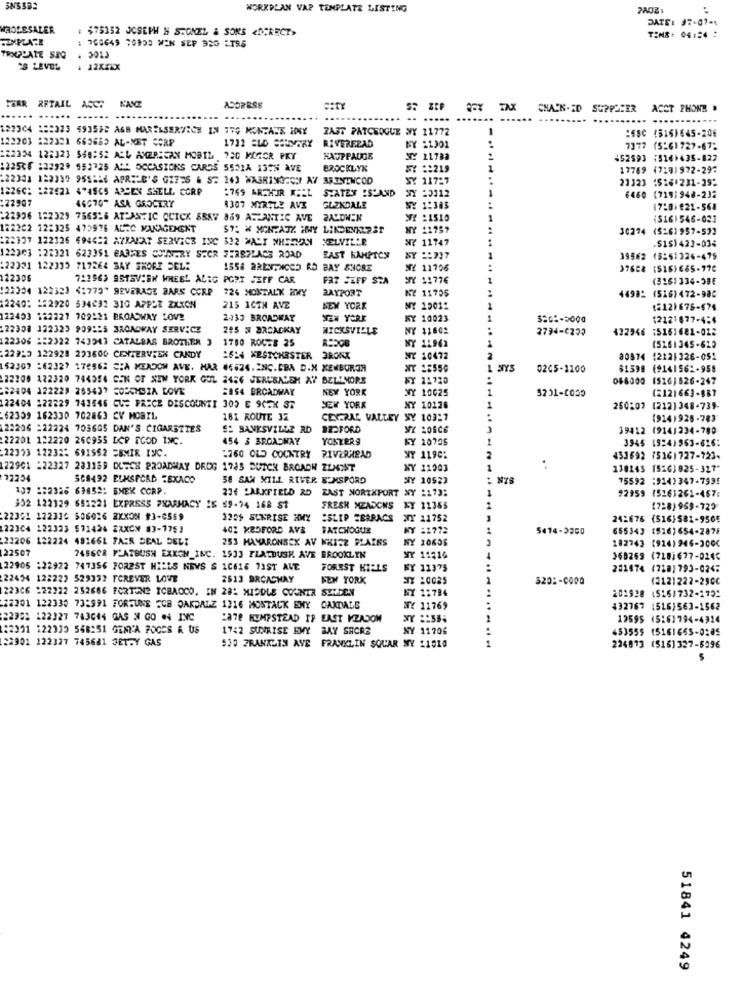
WORKPLAN VAP TEMPLATE LISTING
DATE: 37-07-4
WHOLESALER
: $75352 JOSEPH & STONEL & SONS <DIRECT>
: 768649 70903 MEN SEP 33G 2795
TIME: 04 := 4 :
TRIPLATE SEQ
3013
12XXXX
FERR RETAIL ACCT
N'ANZ
ADDRESS
S ZEP
CHACK-ID SUPPOCER
ACCT PHONE .
.----
122304 122323 493538 ASB MARISSERVICE IN 77G MONTAJE HOGY ZAJT PATCHOGUE WY 11772
:6SC (516)645-206
122203 122321 663685 AL-MET CORP
RIVERERAD
1732 ELD SOUMARY
NY 21001
7377 (5:6) 727-67;
122224 122323 568:52 ALL AMERICAN MOBIL 750 MOGOR PKY
HAUPPAUGE
NY 21782
$52993 ;5161435-822
:225℃6 :32929 553725 ALL OCCASIONS CARDS 5551A 13TH AVE
BROCKLYN
== 219
17769 (7191972-297
:22301 122339 955556 APRILE'S GIF2S & S" 143 WASHINOGOH AV 3RININCOD
SY 117:7
21123 15 :* 231-39;
1226C: : 22621 4745CS APCEN SHELL CORP
:769 ARTHUR KEL STATEN ISLAND
:22907
46670" ASA GROCERY
SY 20112
6460 (7191948-232
1307 MYRTLE AVE
GLENDALE
MY 1:383
17:0)821-568
:22936 122329 756528 ATPANZIC CCICK SBAV 869 ATLANTIC AVE 2ALDWEN
:1510
(S161546-031
122202 122325 472976 ALEC MAKAGEMENT
NY 11757
30274 (526)957-53]
:22337 122126 694432 AZRAKAT SERVICE INC 332 MALT SHEEHAN
MELVILLE
11747
.5151423-034
122303 :22321 623351 GAMES COUNTRY SECR FERSPLACE ROAD
EAST HAMPTON
39562 13:51324-479
:22321 122333 717264 BAY SHORE SEL:
1558 2RENTNCC5 RD BAY SHORE
NY 11706
37624 (516)665-776
122306
722963 9STAVEBN WHEEL ALIG PORT JEFF CAR
FAT JEFF STA
SIY 11776
(3161334-386
(22334 12232) <1779" BEVERAGE BARK CORP
724 MONTALK WHY
2AYPORT
NZ 11705
4498% (516) 472-986
12240: 152920 594632 310 APPLE ZXXON
215 ACTH AVE
NEW YORK
NY 20012
1
(212)675-$74
122453 122221 709221 BROADWAY LOVE
2433 BROADWAY
NEW YORK
NY 10023
1
12121877-4:4
22308 122323 909125 BROADWAY SERVICE
205 X BRSACKAY
HICKSVILLE
NY $1602
2734-0233
432946 :5151681-012
432946
122306 :22322 743243 CATALRAS BROTHER ]
1780 ROUTE 25
NY 1
(5261345-623
.229:3 122928 223600 CENTERVIEN CANDY
2614 WESTCHESTER BRONK
10472
80874 12121328-051
152307 :62327 176562 SIA MEADOW AVE. MAR 46624.2NC.CBA D.N KEMBOROA
18550
0205-1100
$1598 (9141562-958
22208 122320 744054 GEN OF NEW YORK GOL 2456 JERUSALEM AY BELLMORE
WY 11720
15261826-247
82404 122229 285437 2055MSZA LOVE
2864 BROADWAY
NEW YORK
NY 10025
1
3201-1039
(2121663-887
122404 122229 743546 GUS FRECE DISCOUNTI 303 E SCEN 37
JEW YORK
Y 10126
250207 (212) 348-739-
62309 162330 702863 CV MOBIL
181 ROUTE 3Z
CENTRAL VALLEY
SY 10327
(914)926-783
22206 =22224 7056GS DAN'S CIGARETTES
S: BANKSVILLE RD
BEDFORD
39412 19141234-780
22201 122220 260955 DCP FOOD INC.
454 3 BROADWAY
YOSTERS
NY 10725
3945 1924)963-626:
22333 12232: 691552 SBMIR INC.
:760 OLD COUNTRY RIVERHEAD
SY 1190:
2
433692 (516)727-723-
122901 -22327 233159 DURCH BROADWAY DROG 1785 DUTCH BROADH ELMENT
NY 11003
1
138243 (526) 825-327"
72234
508492 ELMSFORD TEXACO
58 SAN XILL RIVER BUXSPORD
SIY 10523
75592 :914)347-7995
107 122326 63852: EMEK CORP.
236 LARKFIELD RD ZAST NORTHPORT NY 2173:
92959 (5263261-457:
302 122129 651221 EXPRESS PHARMACY IS $9-74 168 $1
FRESH MEADCHS &Y 21355
(728) 969-722
22351 122336 506026 2XXON #3-6569
1259 SUNRISE 2%
ISLIP TERRACS
XY 11752
242676 (516)581-9505
122304 122323 571426 EXXON 83-1753
401 KEDFORD AVS
FATCHOQUE
NY :1772
5414-3300
655343 (526)654-2878
22206 122224 492661 FAER SEAL DELE
253 MAMARONECK AV KKICZ BLAIRS
NY 20605
182743 (914)946-300<
22507
748608 FLATBUSH EXXON INC. 1933 FLATBUSH AVE BROOKLYN
SY 11216
369269 (718)677-0246
22905 :22922 747356 FOREST HILLS NEWS S 10616 71ST AVE
FOREST HILLS
BY 13375
201874 (218)793-024:
22434 122222 529337 FOREVER LOVE
2513 BRCACHAY
NEW YORK
SIX :0025
520 :- 0000
(2121222-2906
223C6 :22222 252686 FORTUNE TOBACCO. EN 28: MIDDLE COUNTR SHEDEN
NY 1:784
201928 15161732-175:
12201 122330 73:991 FORJUNE FCB OAKDALE 1316 MOSTACK ENY CANDALE
NY 11769
132767 1516)563-1562
22951 122327 743044 GAS N GO #4 INC
2878 HEMPSTEAD IP EAST VZADOM
1
19595 15:61794-4924
62391 122330 568251 GEM'A FOCES A US
1742 SUNRISE EMY BAY SHORE
NY 11706
453555 15161665-0:05
22901 122327 745681 3ET-Y GAS
530 FRANKLIN AVE FRANKLIN SQUAR NY 11010
224813 (516]327-5996
51841 4249